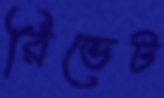
রিভেট